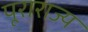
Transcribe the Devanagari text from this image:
पूराराज्य